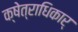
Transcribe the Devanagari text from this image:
क्षेत्राधिकार्